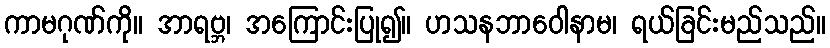
ကာမဂုဏ်ကို။ အာရဗ္ဘ၊ အကြောင်းပြု၍။ ဟသနဘာဝေါနာမ၊ ရယ်ခြင်းမည်သည်။